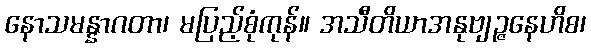
နောသမန္နာဂတာ၊ မပြည့်စုံကုန်။ အသီတိယာအနုဗျဉ္ဇနေဟိစ၊